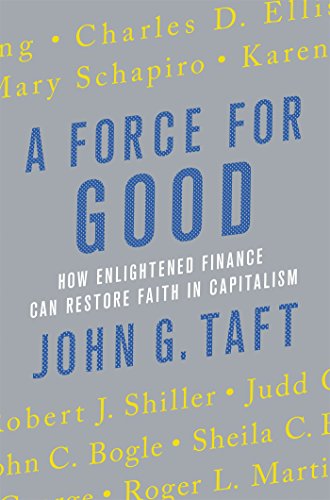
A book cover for A Force for Good: How Enlightened Finance Can Restore Faith in Capitalism; John G. Taft; Business & Money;